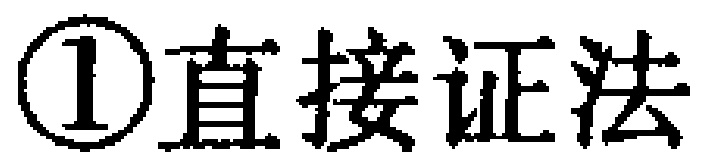
\textcircled{1}直接证法